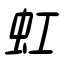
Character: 虹